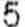
5